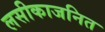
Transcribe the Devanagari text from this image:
लसीकाजनित